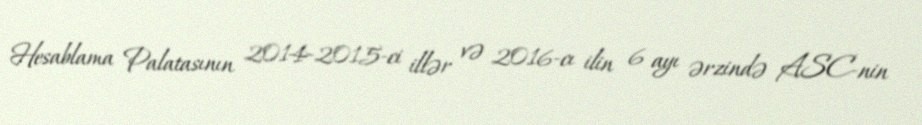
Hesablama Palatasının 2014-2015-ci illər və 2016-cı ilin 6 ayı ərzində ASC-nin